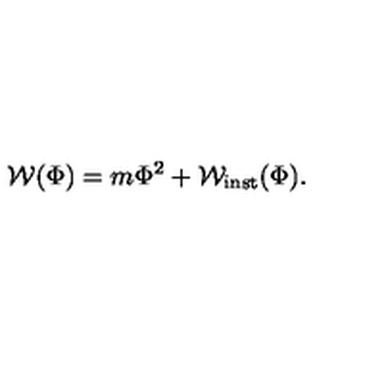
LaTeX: { \cal W } ( \Phi ) = m \Phi ^ { 2 } + { \cal W } _ { \mathrm { i n s t } } ( \Phi ) .